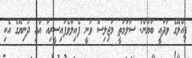
ޕިއްލޭގެ ވަދާއީ ބަޔާން: ސަލާމަތީ މަޖިލިސް ވަނީ ފެއިލްވެފައިސީރިއާ އާއި ދުނިޔޭގެ އެކި